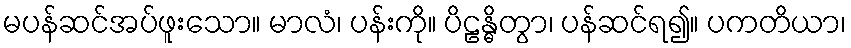
မပန်ဆင်အပ်ဖူးသော။ မာလံ၊ ပန်းကို။ ပိဠန္ဓိတွာ၊ ပန်ဆင်ရ၍။ ပကတိယာ၊